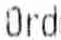
ORD